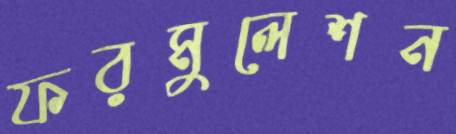
ফরমুলেশন